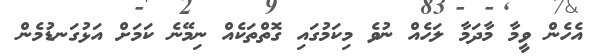
އެހެން ވީމާ މާދަމާ ލަހެއް ނުވެ މިކަމުގައި ގޮތްތަކެއް ނިމޭނެ ކަމަށް އަޅުގަނޑުމެން